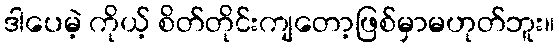
ဒါပေမဲ့ ကိုယ့် စိတ်တိုင်းကျတော့ဖြစ်မှာမဟုတ်ဘူး။